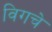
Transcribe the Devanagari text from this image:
विगचे